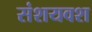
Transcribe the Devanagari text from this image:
संशयवश